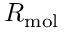
R _ { \mathrm { m o l } }